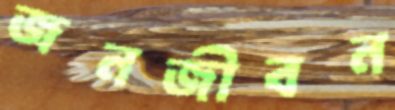
জনজীবন